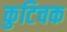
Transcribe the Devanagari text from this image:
कुटिचक